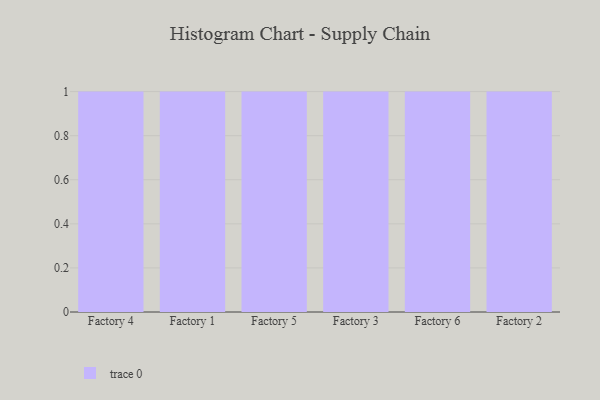
{"axis": {"x": "Factory", "y": "Temperature (°C)"}, "legend": [""], "data": [{"x": "Factory 4", "y": 76, "type": ""}, {"x": "Factory 1", "y": 51, "type": ""}, {"x": "Factory 5", "y": 16, "type": ""}, {"x": "Factory 3", "y": 71, "type": ""}, {"x": "Factory 6", "y": 81, "type": ""}, {"x": "Factory 2", "y": 9, "type": ""}]}